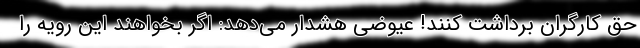
حق کارگران برداشت کنند! عیوضی هشدار می‌دهد: اگر بخواهند این رویه را